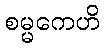
စမ္မကေဟိ